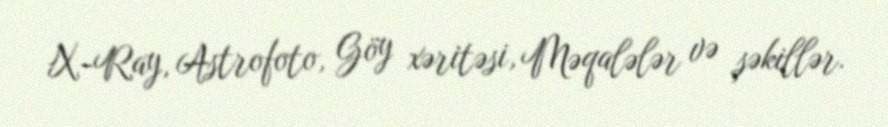
X-Ray, Astrofoto, Göy xəritəsi, Məqalələr və şəkillər.